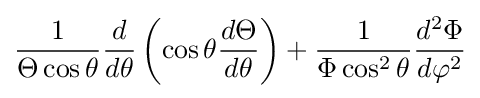
{\frac {1}{\Theta \cos \theta }}{\frac {d}{d\theta }}\left(\cos \theta {\frac {d\Theta }{d\theta }}\right)+{\frac {1}{\Phi \cos ^{2}\theta }}{\frac {d^{2}\Phi }{d\varphi ^{2}}}